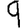
Digit: 9